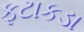
ફટાકડા